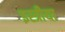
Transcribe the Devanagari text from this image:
इस्त्रीया